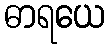
ဓာရယေ